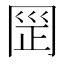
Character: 𰃪